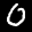
Label: 0